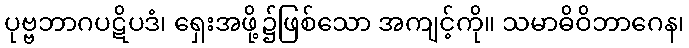
ပုဗ္ဗဘာဂပဋိပဒံ၊ ရှေးအဖို့၌ဖြစ်သော အကျင့်ကို။ သမာဓိဝိဘာဂေန၊